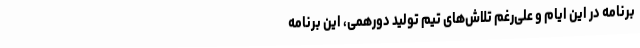
برنامه در این ایام و علی‌رغم تلاش‌های تیم تولید دورهمی، این برنامه